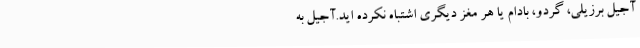
آجیل برزیلی، گردو، بادام یا هر مغز دیگری اشتباه نکرده اید.آجیل به